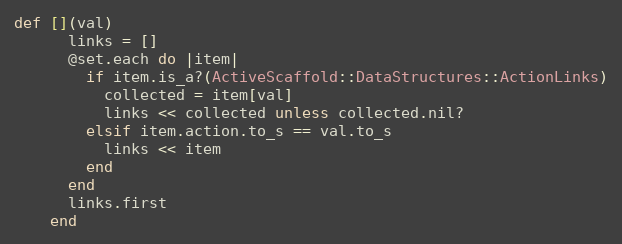
Language: Ruby
def [](val)
      links = []
      @set.each do |item|
        if item.is_a?(ActiveScaffold::DataStructures::ActionLinks)
          collected = item[val]
          links << collected unless collected.nil?
        elsif item.action.to_s == val.to_s
          links << item
        end
      end
      links.first
    end